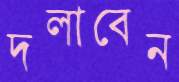
দলাবেন